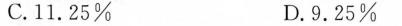
C.11.25% D.9.25%